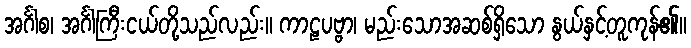
အင်္ဂါစ၊ အင်္ဂါကြီးငယ်တို့သည်လည်း။ ကာဠပဗ္ဗာ၊ မည်းသောအဆစ်ရှိသော နွယ်နှင့်တူကုန်၏။